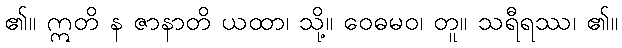
၏။ ဣတိ န ဇာနာတိ ယထာ၊ သို့။ ဝေဓမဝ၊ တူ။ သရီရဿ၊ ၏။